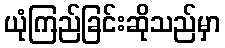
ယုံကြည်ခြင်းဆိုသည်မှာ